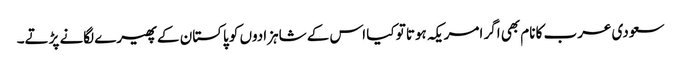
سعودی عرب کا نام بھی اگر امریکہ ہوتا تو کیا اس کے شاہزادوں کو پاکستان کے پھیرے لگانے پڑتے۔